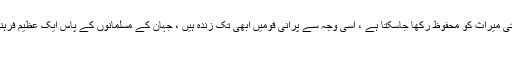
گذشتہ بزرگوں کی قبروں کو محترم سمجھنے کے ذریعہ ہرقوم وملت کی فرہنگی اور ثقافتی میراث کو محفوظ رکھا جاسکتا ہے ، اسی وجہ سے پرانی قومیں ابھی تک زندہ ہیں ، جہان کے مسلمانوں کے پاس ایک عظیم فرہنگ ہے جس کا ایک وسیع حصہ شھداء ، علماء ، دانشمنداور علم و فرہنگ کے سربراہوں –
۔